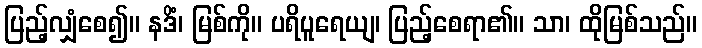
ပြည့်လျှံစေ၍။ နဒိံ၊ မြစ်ကို။ ပရိပူရေယျ၊ ပြည့်စေရာ၏။ သာ၊ ထိုမြစ်သည်။